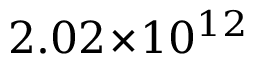
2 . 0 2 \! \times \! 1 0 ^ { 1 2 }